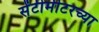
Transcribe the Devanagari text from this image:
सेंटीमीटरच्या